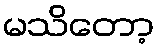
မသိတော့